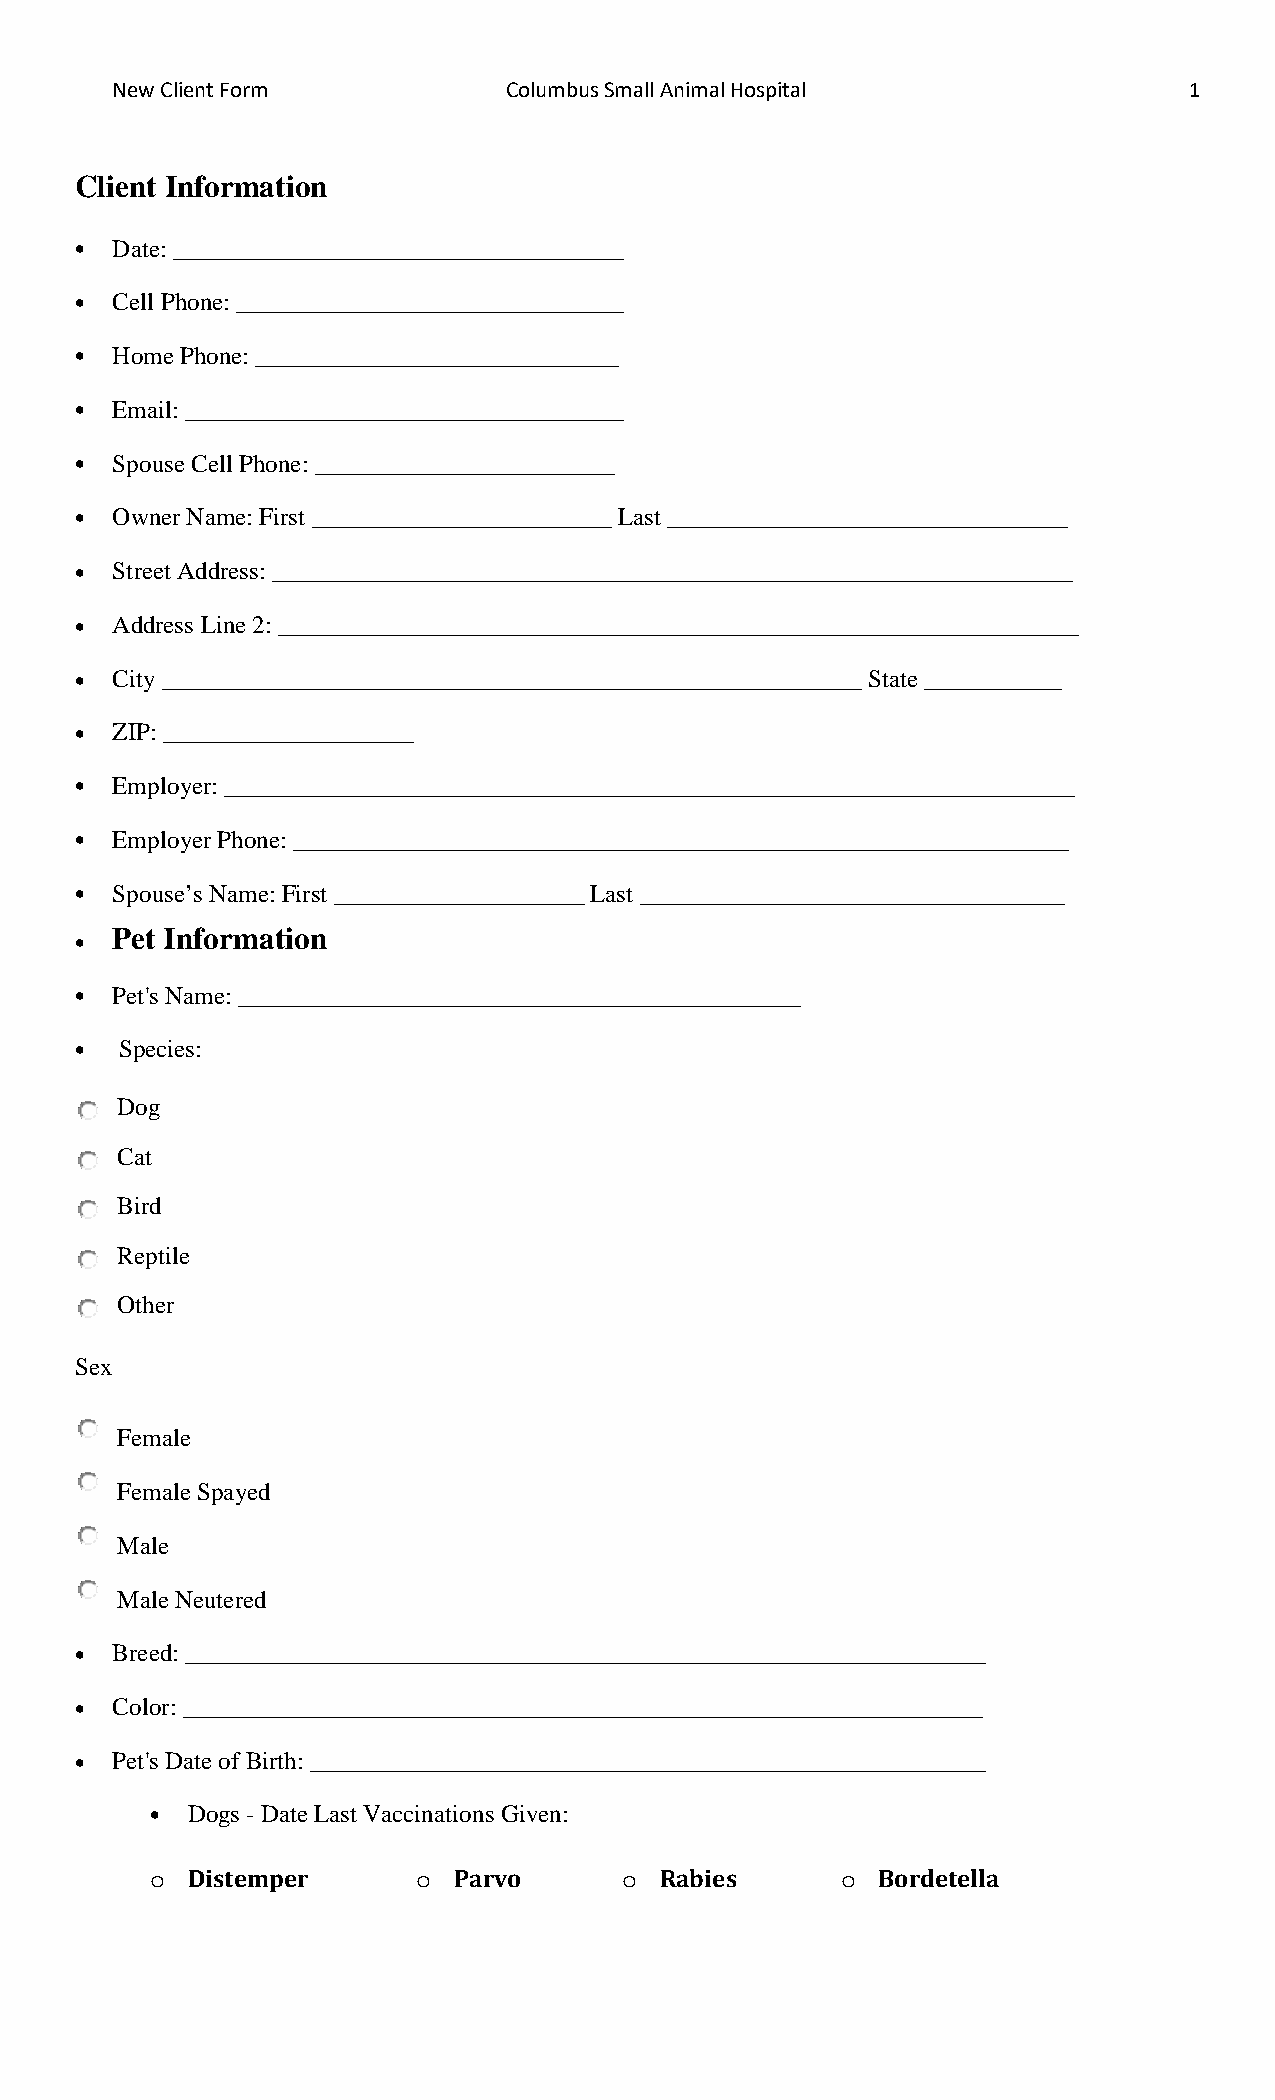
New Client Form            Columbus Small Animal Hospital               1
 Client Information
 • Date: ____________________________________
 • Cell Phone: _______________________________
 • Home Phone: _____________________________
 • Email: ___________________________________
 • Spouse Cell Phone: ________________________
 • Owner Name: First ________________________ Last ________________________________
 • Street Address: ________________________________________________________________
 • Address Line 2: ________________________________________________________________
 • City ________________________________________________________ State ___________
 • ZIP: ____________________
 • Employer: ____________________________________________________________________
 • Employer Phone: ______________________________________________________________
 • Spouse’s Name: First ____________________ Last __________________________________
 • Pet Information
 • Pet's Name: _____________________________________________
 •  Species:
 Dog
 Cat
 Bird
 Reptile
 Other
 Sex
 Female
 Female Spayed
 Male
 Male Neutered
 • Breed: ________________________________________________________________
 • Color: ________________________________________________________________
 • Pet's Date of Birth: ______________________________________________________
 • Dogs - Date Last Vaccinations Given:
 Distemper         Parvo         Rabies        Bordetella
 o                 o            o              o